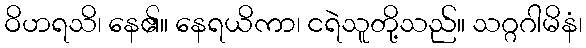
ဝိဟရသိ၊ နေ၏။ နေရယိကာ၊ ငရဲသူတို့သည်။ သဂ္ဂဂါမိနံ၊